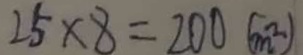
2 5 \times 8 = 2 0 0 ( m ^ { 2 } )